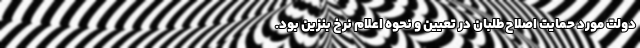
دولت مورد حمایت اصلاح‌طلبان در تعیین و نحوه اعلام نرخ بنزین بود.